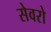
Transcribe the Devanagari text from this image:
सेवरो